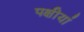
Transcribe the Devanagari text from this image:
पक्षीयां